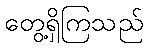
တွေ့ရှိကြသည်